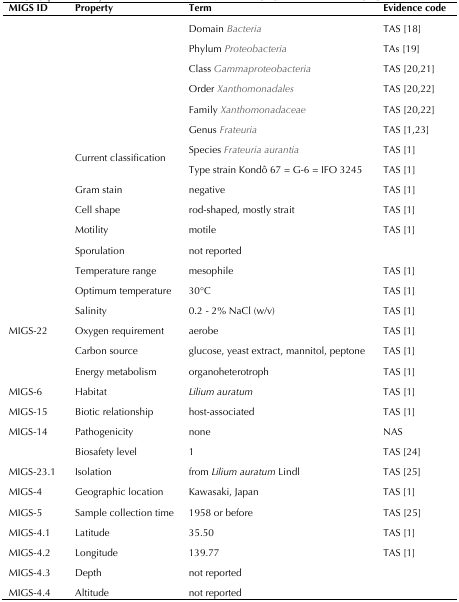
| MIGS ID | Property | Term | Evidence code |
 | --- | --- | --- | --- |
 | <ROWSPAN=8>  | <ROWSPAN=8> Current classification | Domain Bacteria | TAS [18] |
 | Phylum Proteobacteria | TAs [19] |
 | Class Gammaproteobacteria | TAS [20,21] |
 | Order Xanthomonadales | TAS [20,22] |
 | Family Xanthomonadaceae | TAS [20,22] |
 | Genus Frateuria | TAS [1,23] |
 | Species Frateuria aurantia | TAS [1] |
 | Type strain Kondô 67 = G-6 = IFO 3245 | TAS [1] |
 |  | Gram stain | negative | TAS [1] |
 |  | Cell shape | rod-shaped, mostly strait | TAS [1] |
 |  | Motility | motile | TAS [1] |
 |  | Sporulation | not reported |  |
 |  | Temperature range | mesophile | TAS [1] |
 |  | Optimum temperature | 30°C | TAS [1] |
 |  | Salinity | 0.2 - 2% NaCl (w/v) | TAS [1] |
 | MIGS-22 | Oxygen requirement | aerobe | TAS [1] |
 |  | Carbon source | glucose, yeast extract, mannitol, peptone | TAS [1] |
 |  | Energy metabolism | organoheterotroph | TAS [1] |
 | MIGS-6 | Habitat | Lilium auratum | TAS [1] |
 | MIGS-15 | Biotic relationship | host-associated | TAS [1] |
 | MIGS-14 | Pathogenicity | none | NAS |
 |  | Biosafety level | 1 | TAS [24] |
 | MIGS-23.1 | Isolation | from Lilium auratum Lindl | TAS [25] |
 | MIGS-4 | Geographic location | Kawasaki, Japan | TAS [1] |
 | MIGS-5 | Sample collection time | 1958 or before | TAS [25] |
 | MIGS-4.1 | Latitude | 35.50 | TAS [1] |
 | MIGS-4.2 | Longitude | 139.77 | TAS [1] |
 | MIGS-4.3 | Depth | not reported |  |
 | MIGS-4.4 | Altitude | not reported |  |